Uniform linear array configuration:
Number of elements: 16
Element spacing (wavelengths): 0.5
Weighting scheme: hamming
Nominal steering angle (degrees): -15
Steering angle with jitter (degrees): -16.772
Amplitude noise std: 0.05
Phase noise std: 0.05

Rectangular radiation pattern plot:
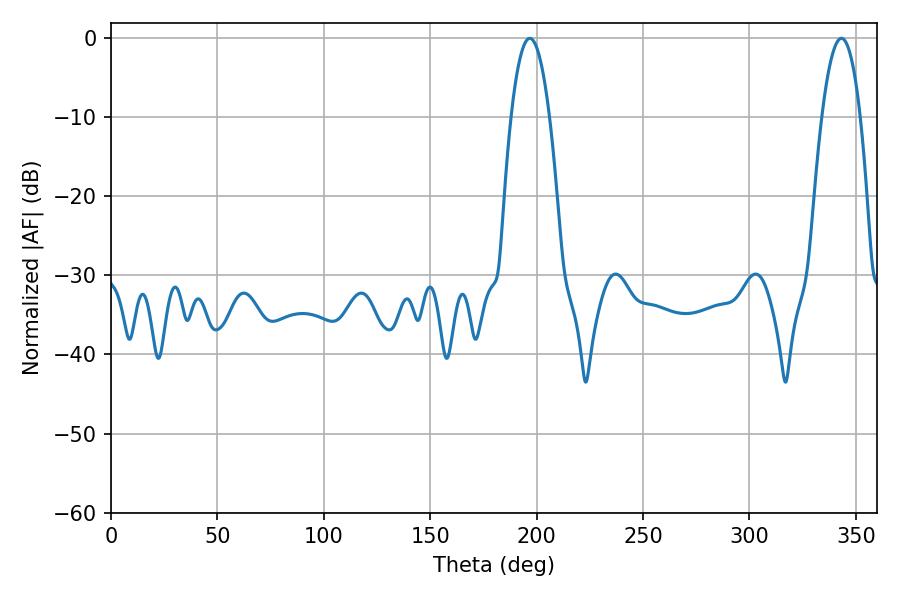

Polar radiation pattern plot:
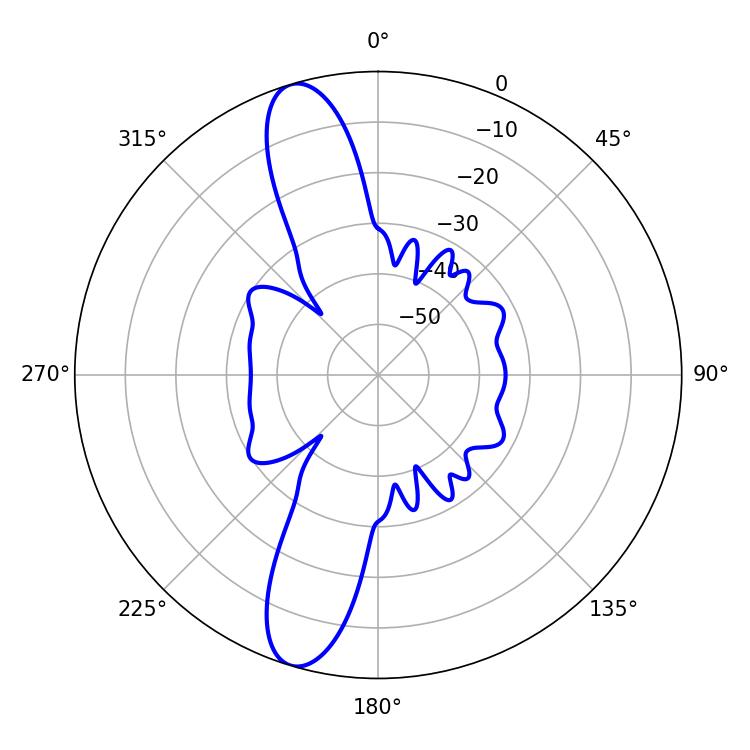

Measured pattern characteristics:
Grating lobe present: FALSE
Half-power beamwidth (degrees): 9.9
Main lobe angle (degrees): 196.74